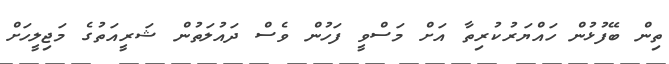
ތިން ބޭފުޅުން ހައްޔަރުކުރިތާ އަށް މަސްވީ ފަހުން ވެސް ދައުލަތުން ޝަރީއަތުގެ މަޖިލީހަށް